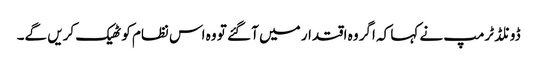
ڈونلڈ ٹرمپ نے کہا کہ اگر وہ اقتدار میں آ گئے تو وہ اس نظام کو ٹھیک کریں گے۔